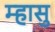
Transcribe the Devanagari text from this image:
म्हासु